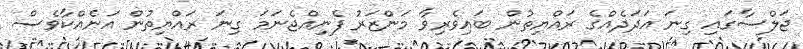
ޖަލްސާގައި ގިނަ އަދަދެއްގެ ރައްޔިތުން ބައިވެރިވާ މަންޒަރު ފެނިއްޖެނަމަ ގިނަ ރައްޔިތުން އަނެއްކާވެސް